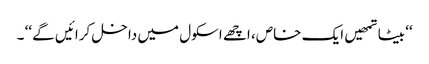
‘‘ بیٹا تمھیں ایک خاص، اچھے اسکول میں داخل کرائیں گے ‘‘ ۔